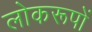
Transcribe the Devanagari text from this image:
लोकरूपों